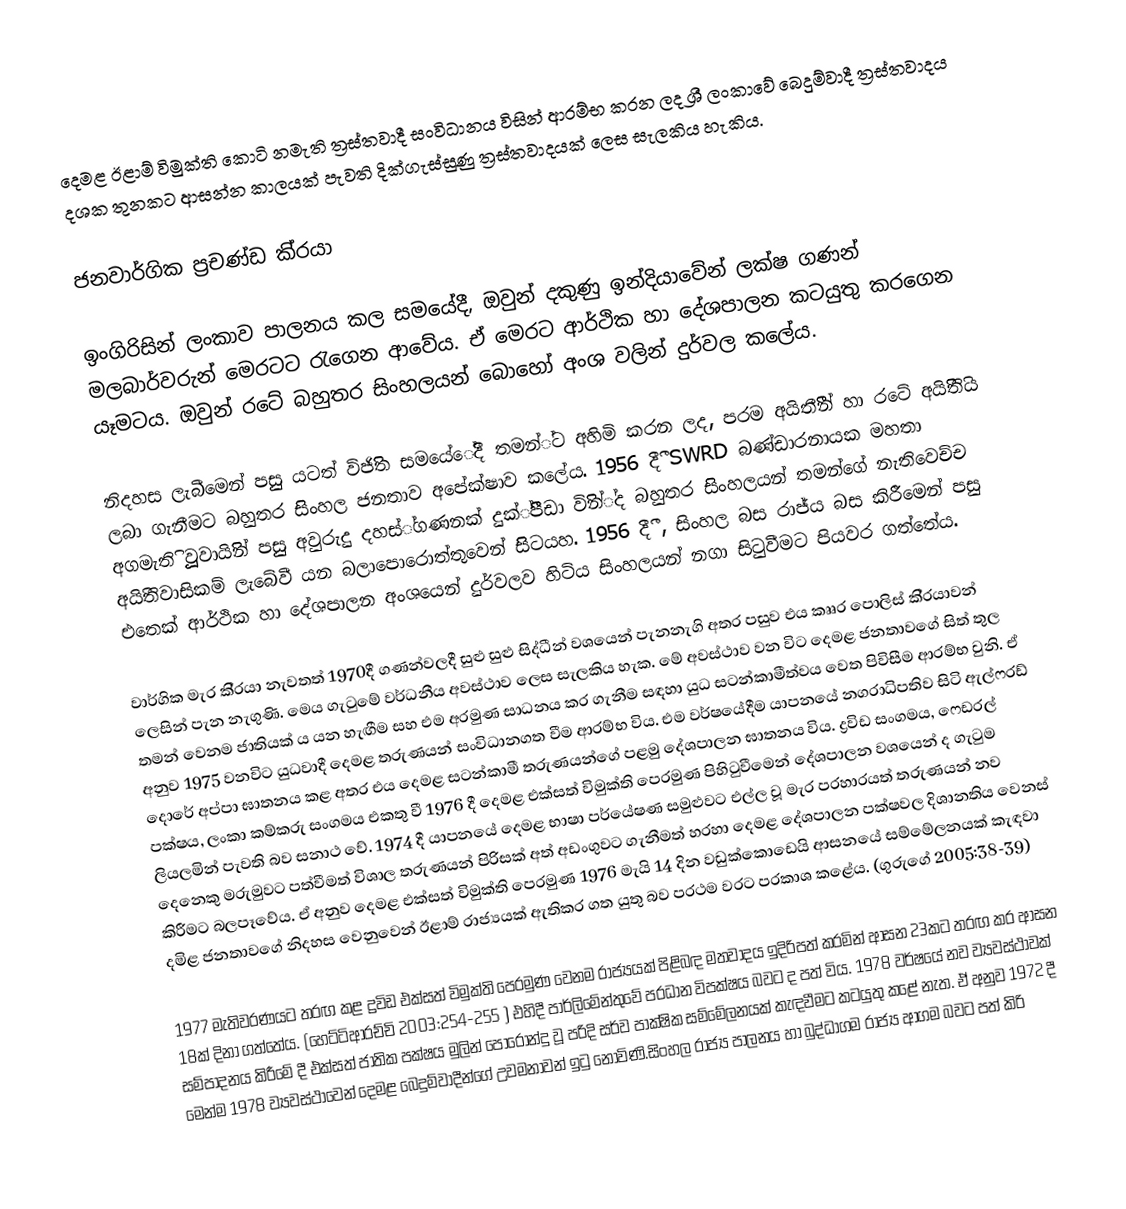
දෙමළ ඊළාම් විමුක්ති කොටි නමැති ත්‍රස්තවාදී සංවිධානය විසින් ආරම්භ කරන ලද ශ්‍රී ලංකාවේ බෙදුම්වාදී ත්‍රස්තවාදය දශක තුනකට ආසන්න කාලයක් පැවති දික්ගැස්සුණු ත්‍රස්තවාදයක් ලෙස සැලකිය හැකිය.

ජනවාර්ගික ප‍්‍රචණ්ඩ කි‍්‍රයා

ඉංගිරිසින් ලංකාව පාලනය කල සමයේදී, ඔවුන් දකුණු ඉන්දියාවේන් ලක්ෂ ගණන් මලබාර්වරුන් මෙරටට රැගෙන ආවේය. ඒ මෙරට ආර්ථික හා දේශපාලන කටයුතු කරගෙන යෑමටය. ඔවුන් රටේ බහුතර සිංහලයන්  බොහෝ අංශ වලින් දුර්වල කලේය.

නිදහස ලැබීමෙන් පසුු යටත් විජිිිත සමයේේදී තමන්්ට අහිමි කරන ලද, පරම අයිතීීීන් හා රටේ අයිිිතිිය ලබා ගැනීමට බහුතර සිිංහල ජනතාව අපේක්ෂාව කලේය. 1956 දීී SWRD බණ්ඩාරනායක මහතා අගමැතිි වූූූවායිිින් පසුු අවුරුදු දහස්්ගණනක් දුක්්පීීීඩා විිින්්ද බහුතර සිිංහලයන් තමන්ගේ නැතිවෙච්ච අයිිතිවාසිකම් ලැබේවී යන බලාපොරොත්තුවෙන් සිිිටයහ. 1956 දීී , සිංහල බස රාජ්ය බස කිරීමෙන් පසු එතෙක් ආර්ථික හා දේශපාලන අංශයෙන් දුර්වලව හිටිය සිංහලයන් නගා සිටුවීමට පියවර ගත්තේය.

වාර්ගික මැර කි‍්‍රයා නැවතත් 1970දී ගණන්වලදී සුළු සුළු සිද්ධීන් වශයෙන් පැනනැගි අතර පසුව  එය කෲර පොලිස් කි‍්‍රයාවන් ලෙසින් පැන නැගුණි. මෙය ගැටුමේ වර්ධනීය අවස්ථාව ලෙස සැලකිය හැක. මේ අවස්ථාව වන විට දෙමළ ජනතාවගේ සිත් තුල තමන් වෙනම ජාතියක් ය යන හැඟීම සහ එම අරමුණ සාධනය කර ගැනීම සඳහා යුධ සටන්කාමීත්වය වෙත පිවිසීම ආරම්භ වුනි. ඒ අනුව 1975 වනවිට යුධවාදී දෙමළ තරුණයන් සංවිධානගත වීම ආරම්භ විය. එම වර්ෂයේදීම යාපනයේ නගරාධිපතිව සිටි ඇල්ෆ‍්‍රඩ් දොරේ අප්පා ඝාතනය කළ අතර එය දෙමළ සටන්කාමී තරුණයන්ගේ පළමු දේශපාලන ඝාතනය විය. ද්‍රවිඩ සංගමය, ෆෙඩරල් පක්ෂය, ලංකා කම්කරු සංගමය එකතු වී 1976 දී දෙමළ එක්සත් විමුක්ති පෙරමුණ පිහිටුවීමෙන් දේශපාලන වශයෙන් ද ගැටුම ලියලමින් පැවති බව සනාථ වේ. 1974 දී යාපනයේ දෙමළ භාෂා පර්යේෂණ සමුළුවට එල්ල වූ මැර ප‍්‍රහාරයත් තරුණයන් නව දෙනෙකු මරුමුවට පත්වීමත් විශාල තරුණයන් පිරිසක් අත් අඩංගුවට ගැනීමත් හරහා දෙමළ දේශපාලන පක්ෂවල දිශානතිය වෙනස් කිරීමට බලපෑවේය. ඒ අනුව දෙමළ එක්සත් විමුක්ති පෙරමුණ 1976 මැයි 14 දින වඩුක්කොඩෙයි ආසනයේ සම්මේලනයක් කැඳවා දමිළ ජනතාවගේ නිදහස වෙනුවෙන් ඊළාම් රාජ්‍යයක් ඇතිකර ගත යුතු බව ප‍්‍රථම වරට ප‍්‍රකාශ කළේය. (ගුරුගේ 2005:38-39)

1977 මැතිවරණයට තරඟ කළ ද්‍රවිඩ එක්සත් විමුක්ති පෙරමුණ වෙනම රාජ්‍යයක් පිළිබඳ මතවාදය ඉදිරිපත් කරමින්  ආසන 23කට තරඟ කර ආසන 18ක් දිනා ගත්තේය. (හෙට්ටිආරච්චි 2003:254-255 ) එහිදී පාර්ලිමේන්තුවේ ප‍්‍රධාන විපක්ෂය බවට ද පත් විය. 1978 වර්ෂයේ නව ව්‍යවස්ථාවක් සම්පාදනය කිරීමේ දී එක්සත් ජාතික පක්ෂය මුලින් පොරොන්දු වූ පරිදි සර්ව පාක්ෂික සම්මේලනයක් කැඳවීමට කටයුතු කළේ නැත. ඒ අනුව 1972 දී මෙන්ම 1978 ව්‍යවස්ථාවෙන් දෙමළ බෙදුම්වාදීන්ගේ උවමනාවන් ඉටු නොවිණි.සිංහල රාජ්‍ය පාලනය හා බුද්ධාගම රාජ්‍ය ආගම බවට පත් කිරි